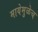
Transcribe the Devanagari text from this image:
मायेमुळेच